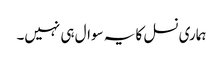
ہماری نسل کا یہ سوال ہی نہیں۔